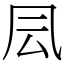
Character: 凨